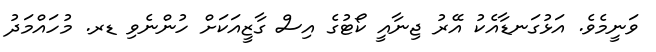
ވަނީމެވެ. އަޅުގަނޑާއެކު އޭރު ޖިނާއީ ކޯޓުގެ އިސް ގާޒީއަކަށް ހުންނެވި ޑރ. މުހައްމަދު